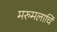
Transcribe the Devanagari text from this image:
मरुमलार्चि